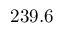
2 3 9 . 6